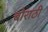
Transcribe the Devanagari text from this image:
बोराठी